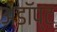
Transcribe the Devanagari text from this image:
अडॉप्ट